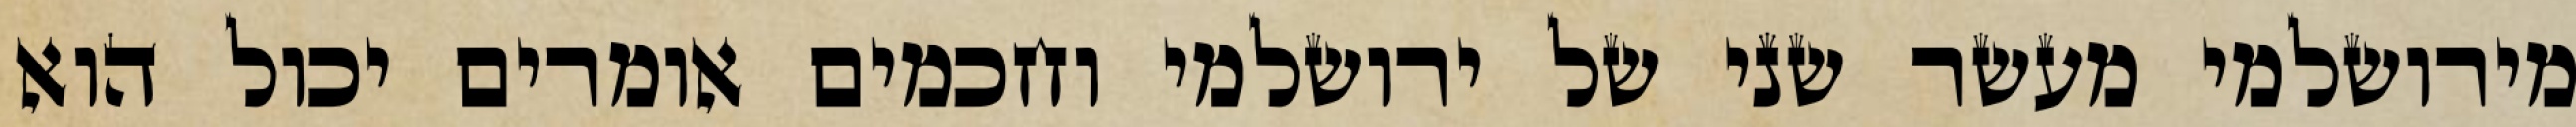
מירושלמי מעשר שני של ירושלמי וחכמים אומרים יכול הוא